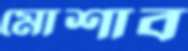
মোশাব